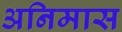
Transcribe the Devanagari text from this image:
अनिमास